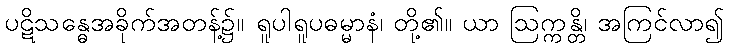
ပဋိသန္ဓေအခိုက်အတန့်၌။ ရူပါရူပဓမ္မာနံ၊ တို့၏။ ယာ ဩက္ကန္တိ၊ အကြင်လာ၍